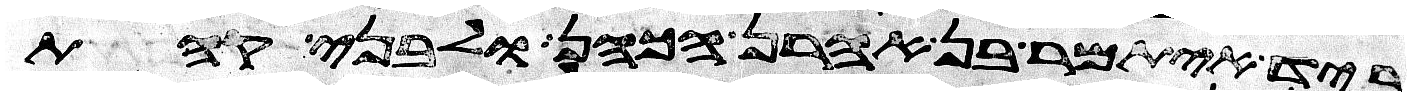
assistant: ביד איתמר בן אהרן הכהן ולבני קהת